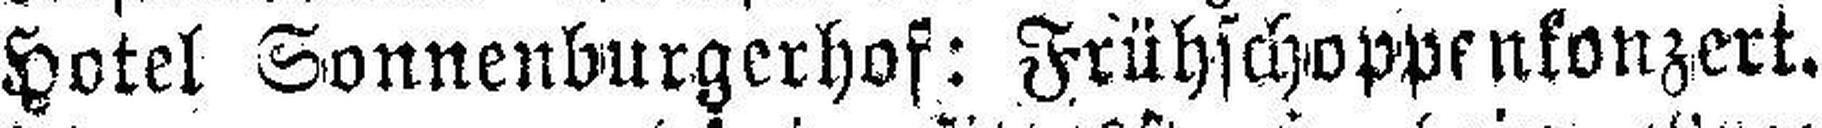
Hotel Sonnenburgerhof: Frühschoppenkonzert.